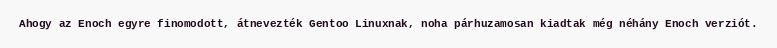
Ahogy az Enoch egyre finomodott, átnevezték Gentoo Linuxnak, noha párhuzamosan kiadtak még néhány Enoch verziót.